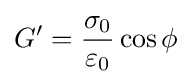
G'={\frac {\sigma _{0}}{\varepsilon _{0}}}\cos \phi